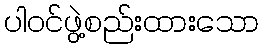
ပါဝင်ဖွဲ့စည်းထားသော